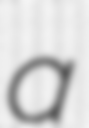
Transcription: a